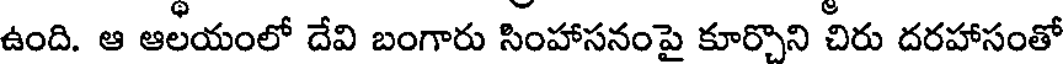
ఉంది. ఆ ఆలయంలో దేవి బంగారు సింహాసనంపై కూర్చొని చిరు దరహాసంతో